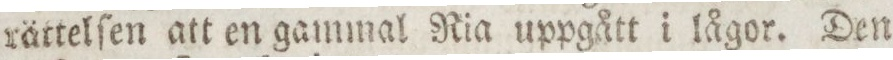
rättelſen att en gammal Ria uppgått i lågor. Den